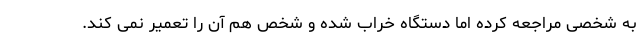
به شخصی مراجعه کرده اما دستگاه خراب شده و شخص هم آن را تعمیر نمی کند.